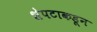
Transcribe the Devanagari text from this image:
शेपटाकडून